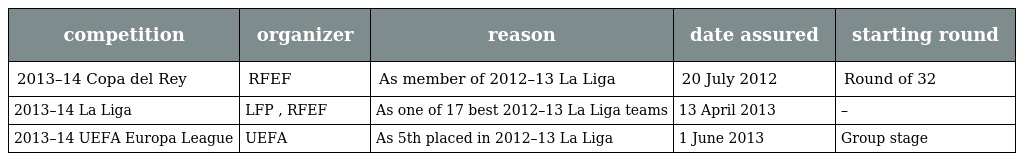
| competition | organizer | reason | date assured | starting round |
 | --- | --- | --- | --- | --- |
 | 2013–14 Copa del Rey | RFEF | As member of 2012–13 La Liga | 20 July 2012 | Round of 32 |
 | 2013–14 La Liga | LFP , RFEF | As one of 17 best 2012–13 La Liga teams | 13 April 2013 | – |
 | 2013–14 UEFA Europa League | UEFA | As 5th placed in 2012–13 La Liga | 1 June 2013 | Group stage |